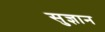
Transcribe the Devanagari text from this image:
सुज्ञान